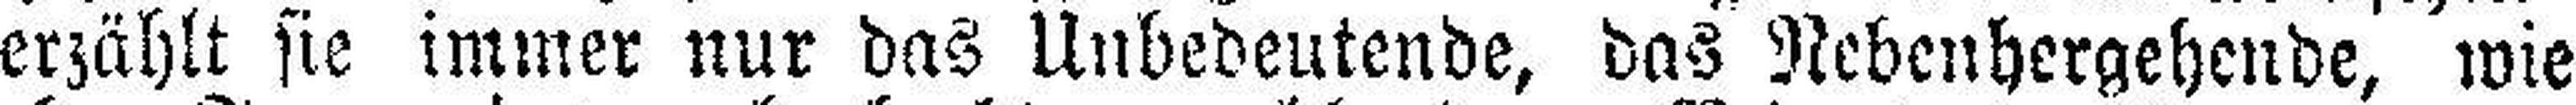
erzählt sie immer nur das Unbedeutende, das Nebenhergehende, wie